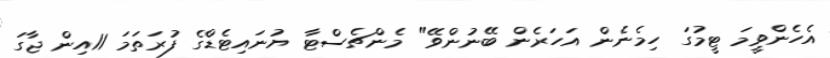
އެހެންވީމަ ޓީމުގަ ހިމެނެން އަހަރެން ބޭނުންވޭ" މެންޗެސްޓާ ޔުނައިޓެޑްގެ ފުރަތަމަ 11އިން ޖާގަ